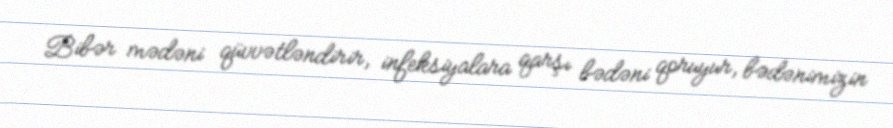
Bibər mədəni qüvvətləndirir, infeksiyalara qarşı bədəni qoruyur, bədənimizin